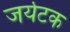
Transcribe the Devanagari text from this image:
जर्यटक